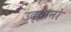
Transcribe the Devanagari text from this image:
उद्यानो